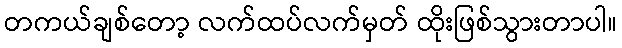
တကယ်ချစ်တော့ လက်ထပ်လက်မှတ် ထိုးဖြစ်သွားတာပါ။